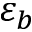
\varepsilon _ { b }